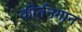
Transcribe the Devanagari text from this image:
कीर्तनगान